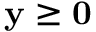
\mathbf { y } \geq \mathbf { 0 }